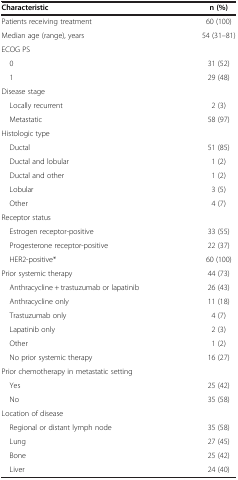
<table><thead><tr><td><b>Characteristic</b></td><td><b>n (%)</b></td></tr></thead><tbody><tr><td>Patients receiving treatment</td><td>60 (100)</td></tr><tr><td>Median age (range), years</td><td>54 (31–81)</td></tr><tr><td>ECOG PS</td><td> </td></tr><tr><td> 0</td><td>31 (52)</td></tr><tr><td> 1</td><td>29 (48)</td></tr><tr><td>Disease stage</td><td> </td></tr><tr><td> Locally recurrent</td><td>2 (3)</td></tr><tr><td> Metastatic</td><td>58 (97)</td></tr><tr><td>Histologic type</td><td> </td></tr><tr><td> Ductal</td><td>51 (85)</td></tr><tr><td> Ductal and lobular</td><td>1 (2)</td></tr><tr><td> Ductal and other</td><td>1 (2)</td></tr><tr><td> Lobular</td><td>3 (5)</td></tr><tr><td> Other</td><td>4 (7)</td></tr><tr><td>Receptor status</td><td> </td></tr><tr><td> Estrogen receptor-positive</td><td>33 (55)</td></tr><tr><td> Progesterone receptor-positive</td><td>22 (37)</td></tr><tr><td> HER2-positive*</td><td>60 (100)</td></tr><tr><td>Prior systemic therapy</td><td>44 (73)</td></tr><tr><td> Anthracycline + trastuzumab or lapatinib</td><td>26 (43)</td></tr><tr><td> Anthracycline only</td><td>11 (18)</td></tr><tr><td> Trastuzumab only</td><td>4 (7)</td></tr><tr><td> Lapatinib only</td><td>2 (3)</td></tr><tr><td> Other</td><td>1 (2)</td></tr><tr><td> No prior systemic therapy</td><td>16 (27)</td></tr><tr><td>Prior chemotherapy in metastatic setting</td><td> </td></tr><tr><td> Yes</td><td>25 (42)</td></tr><tr><td> No</td><td>35 (58)</td></tr><tr><td>Location of disease</td><td> </td></tr><tr><td> Regional or distant lymph node</td><td>35 (58)</td></tr><tr><td> Lung</td><td>27 (45)</td></tr><tr><td> Bone</td><td>25 (42)</td></tr><tr><td> Liver</td><td>24 (40)</td></tr></tbody></table>